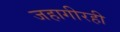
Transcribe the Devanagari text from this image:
जहागीरही